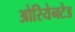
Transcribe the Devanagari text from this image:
ओरियेनटेड